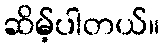
ဆိမ့်ပါတယ်။